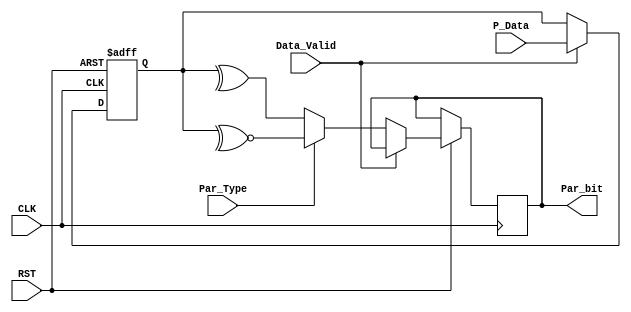
/******************************************************************************
*
* Module: Private - Parity_Block
*
*
* Description:  This Block Is Used To Calculate The Fkn Even And Fkn Odd 
*               Parity
*               
*
*******************************************************************************/
//************************** Port Declaration ********************************//

module Parity_Block # (

parameter INPUT_WIDTH   = 8 ) //initialize a parameter variable with value 8

(

input wire [INPUT_WIDTH-1 : 0 ]  P_Data       ,  //Declaring the Variable As an Input Port with width 8 bits 
input wire                       Data_Valid   ,  //Declaring the Variable As an Input Port with width 1 bit
input wire                       CLK          ,  //Declaring the Variable As an Input Port with width 1 bit
input wire                       RST          ,  //Declaring the Variable As an Input Port with width 1 bit
input wire                       Par_Type     ,  //Declaring the Variable As an Input Port with width 1 bit
output reg                       Par_bit         //Declaring the Variable As an Input Port with width 1 bit

);

//******************** Parameters Initialization  ******************//

localparam          ONE                    = 1'b1   ,//initialize a parameter variable with a binary value 1
                    ZERO                   = 1'b0   ,//initialize a parameter variable with a binary value 0
                    Serial_Register_width  = 8      ;//initialize a parameter variable with a binary value 8

//********************Internal Signal Declaration*****************//

reg [ Serial_Register_width-1 :0]  Register_Parity ;               //Declaring The Variable To Use it As a register Inside The Always Block

//************************* The RTL Code ***************************//
/*************** Starting The Sequential Always Block ***************/

always @ (posedge CLK or negedge RST)
 begin
  if(!RST)
    
       begin
 
          Register_Parity <= ZERO ;
          
       end
 
  else if ( Data_Valid ) 
   
       begin
   
          Register_Parity <= P_Data ;

       end
       
  else 
    
       if ( Par_Type )  
            
        begin
         
		 Par_bit <= ~^Register_Parity ;
      
 
       end  
       
       
     else 
       
       begin
   
            Par_bit <= ^Register_Parity ;
 
       end
       

 end





/*********************************************************************/

endmodule